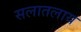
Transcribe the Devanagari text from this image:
सलातलाय